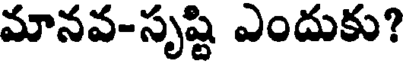
మానవ-సృష్టి ఎందుకు?